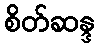
စိတ်ဆန္ဒ